Eesti_Toorahva_Kommuun, lk 3
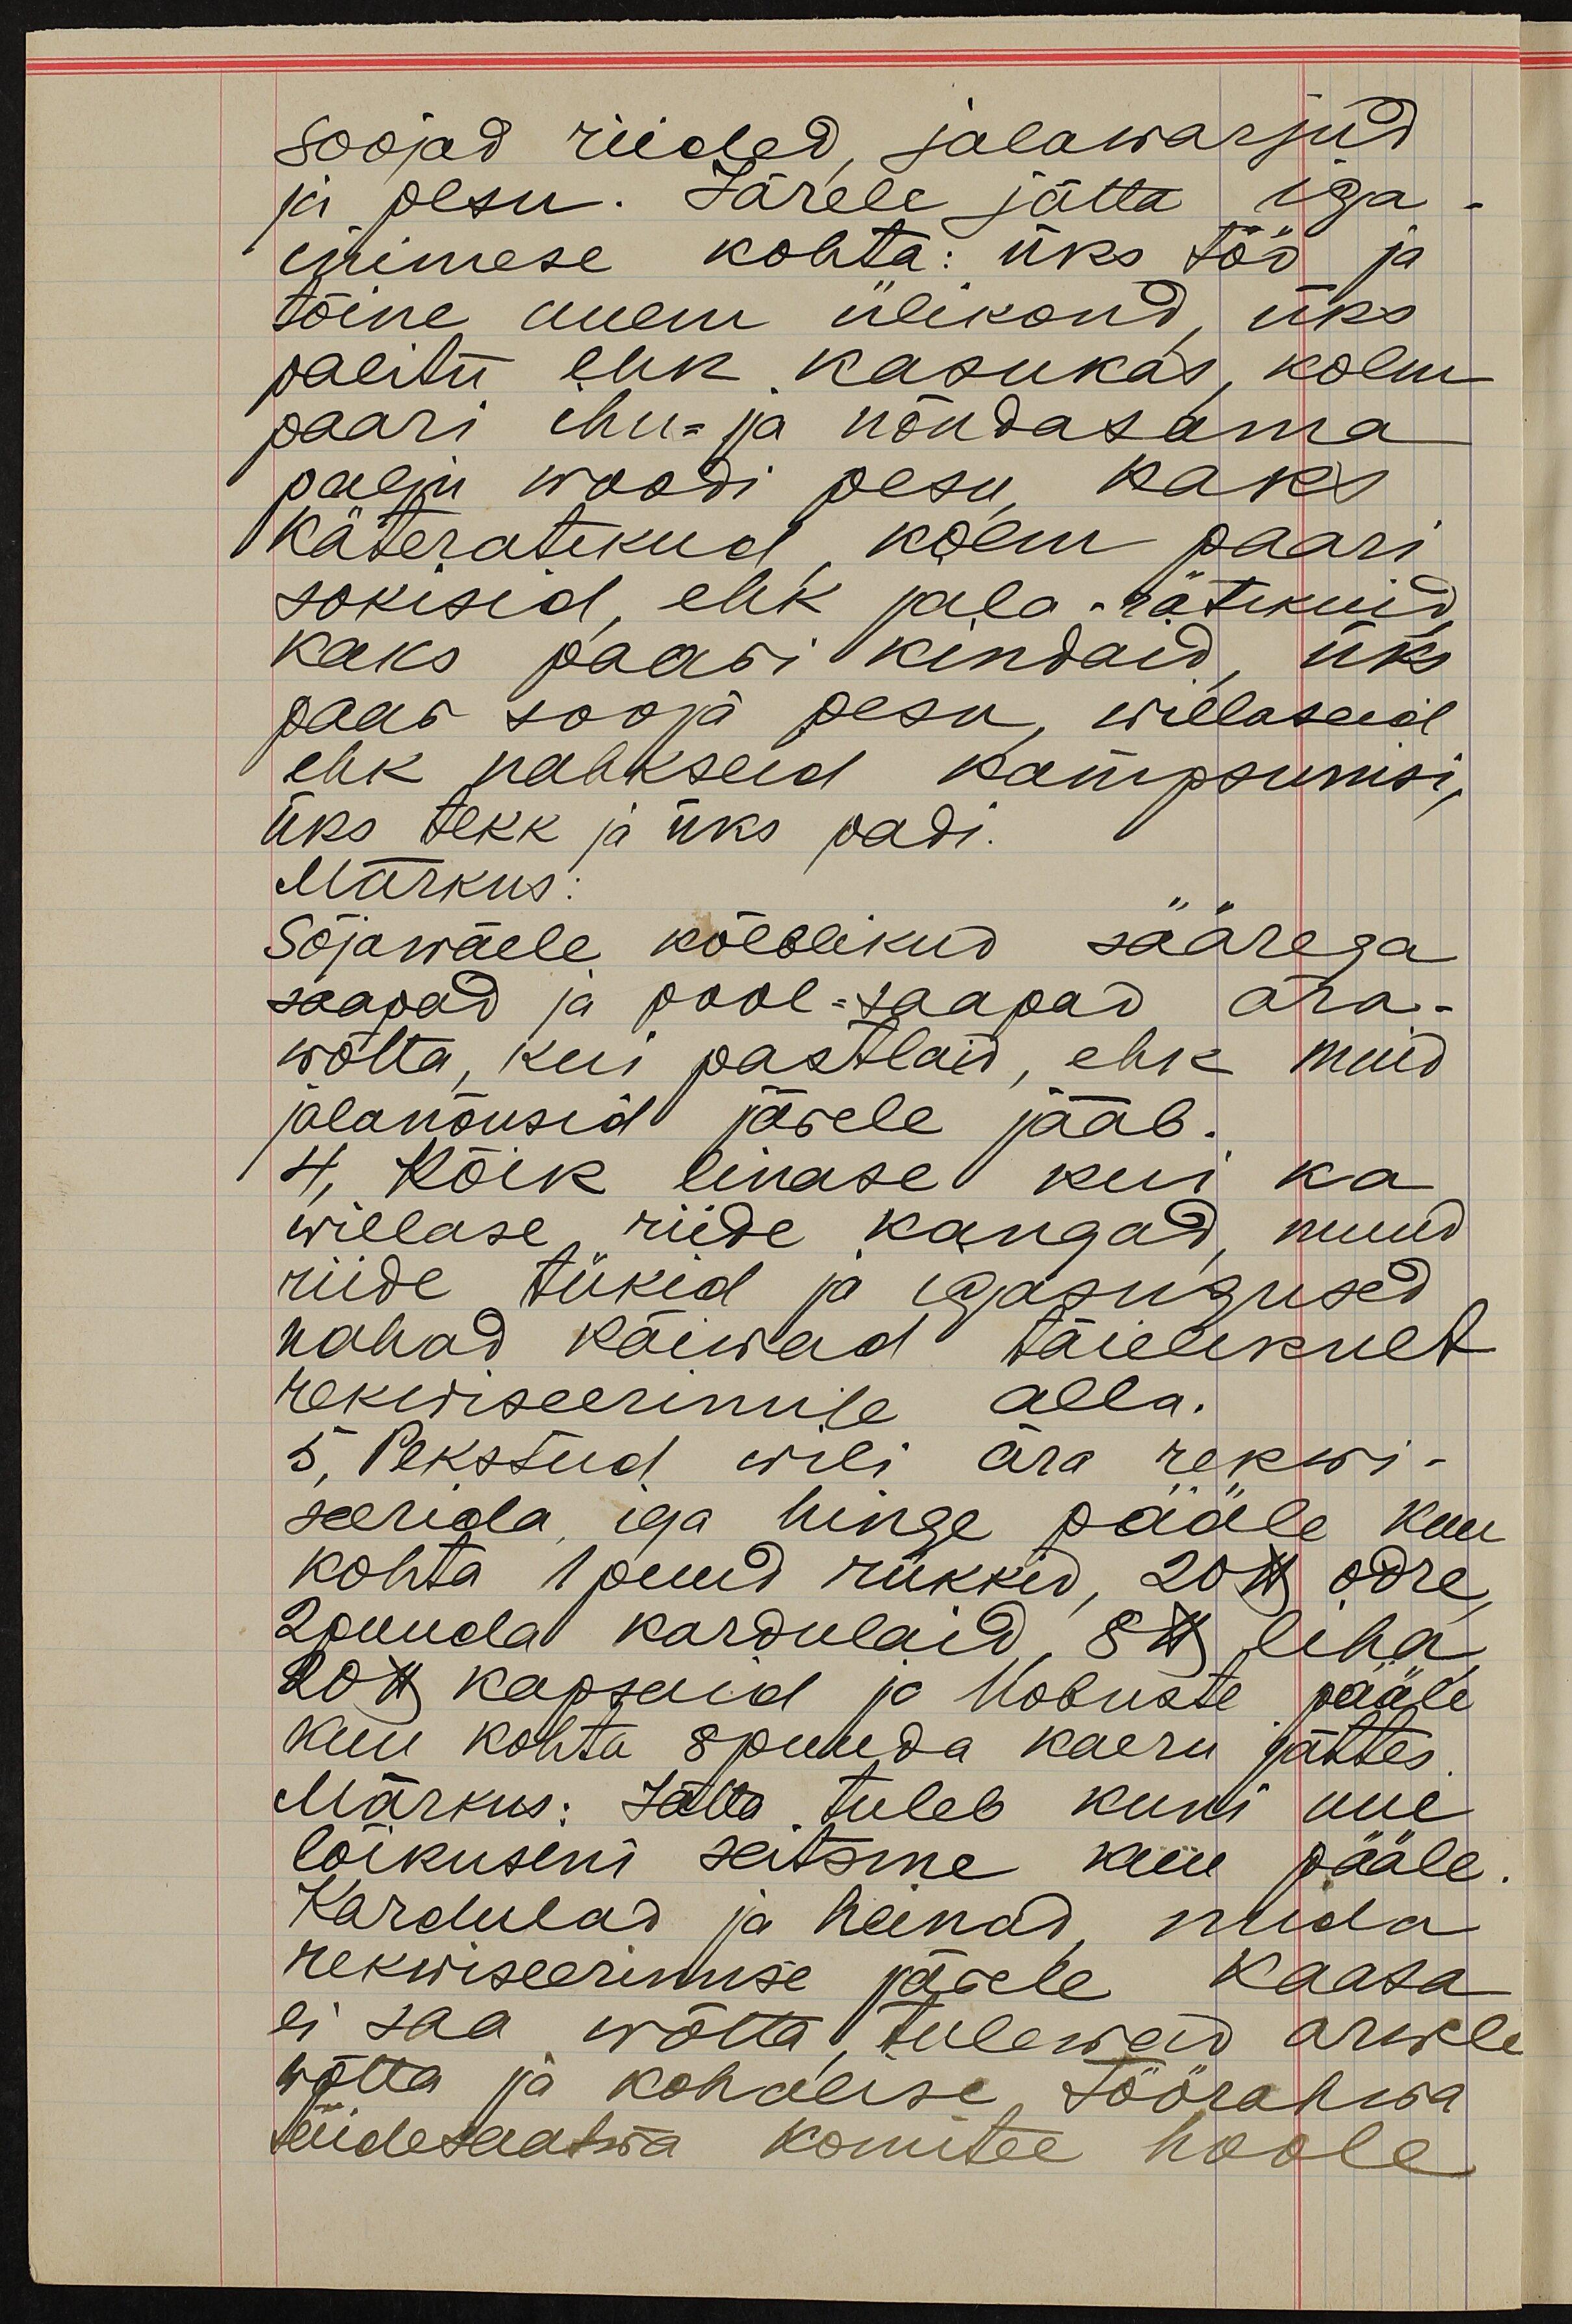
soojad riided, jalawarjud
ja pesu. Järele jätta iga
inimese kohta: üks töö ja
tõine uuem ülikond, üks
palitu ehk kasukas, kolm
paari ihu- ja nõndasama
palju woodi pesu, kaks
käteratikud kolm paari
sokisid ehk jala rätikuid
kaks paari kindaid üks
paar sooja pesu, willaseid
ehk nahkseid kampsunisi,
üks tekk ja üks padi.
Märkus:
Sõjawäele kõlblikud säärega
saapad ja pool-saapad ära-
wõtta, kui pastlaid, ehk muid
jalanõusid järele jääb.
4, Kõik linase kui ka
willase riide kangad, muud
riide tükid ja igasugused
nahad käiwad täielikult
rekwiseerimise alla.
5. Pekstud wili ära rekwi-
seerida iga hinge pääle kuu
kohta 1 puud rukkid, 20 lb odre
20 puuda kardulaid, 8 lb liha
20 lb kapsaid ja hobuste pääle
kuu kohta 8 puuda kaeru jättes.
Märkus: Jätta tuleb kuni uue
lõikuseni seitsme kuu pääle
Kardulad ja heinad, mida
rekwiseerimise järele kaasa
ei saa wõtta tulewad arwele
wõtta ja kohalise töörahwa
täidesaatwa komitee hoole